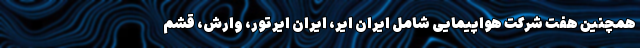
همچنین هفت شرکت هواپیمایی شامل ایران ایر، ایران ایرتور، وارش، قشم